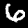
Label: 6